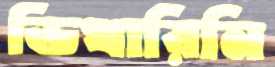
ভিখারিনি